Bréfritari: Ásgeir Tryggvi Friðgeirsson
Dagsetning: A-1891-01-25
Skrifað á: Borgarnesi  Mýr.

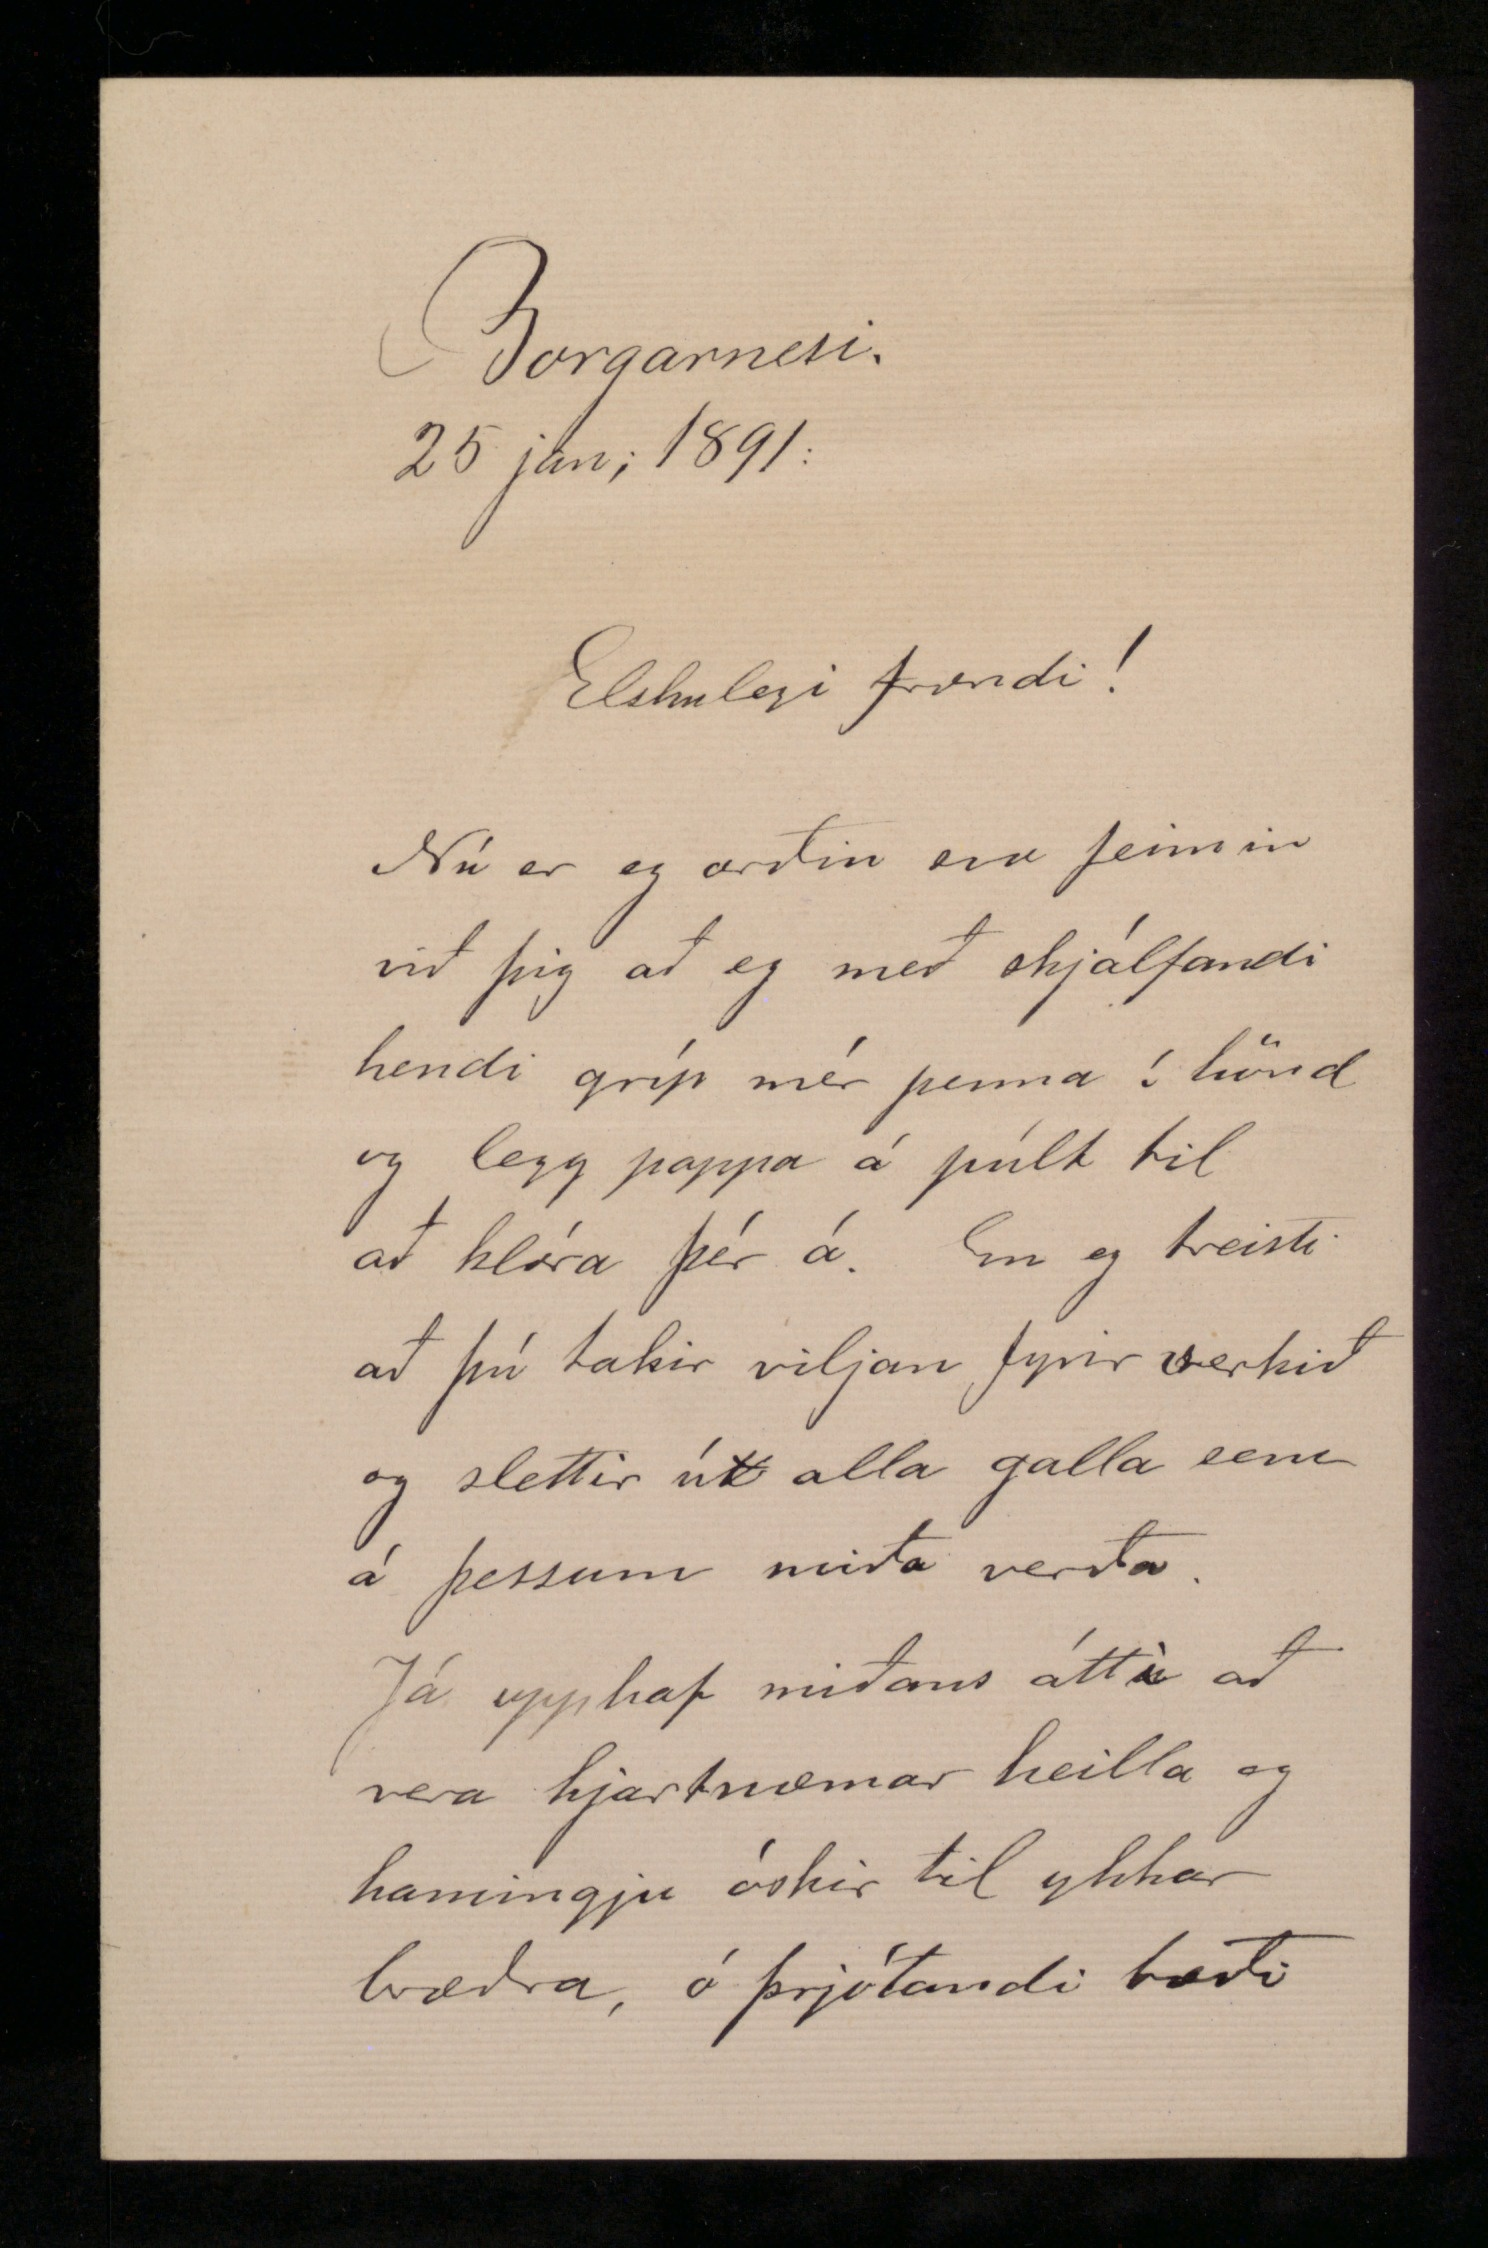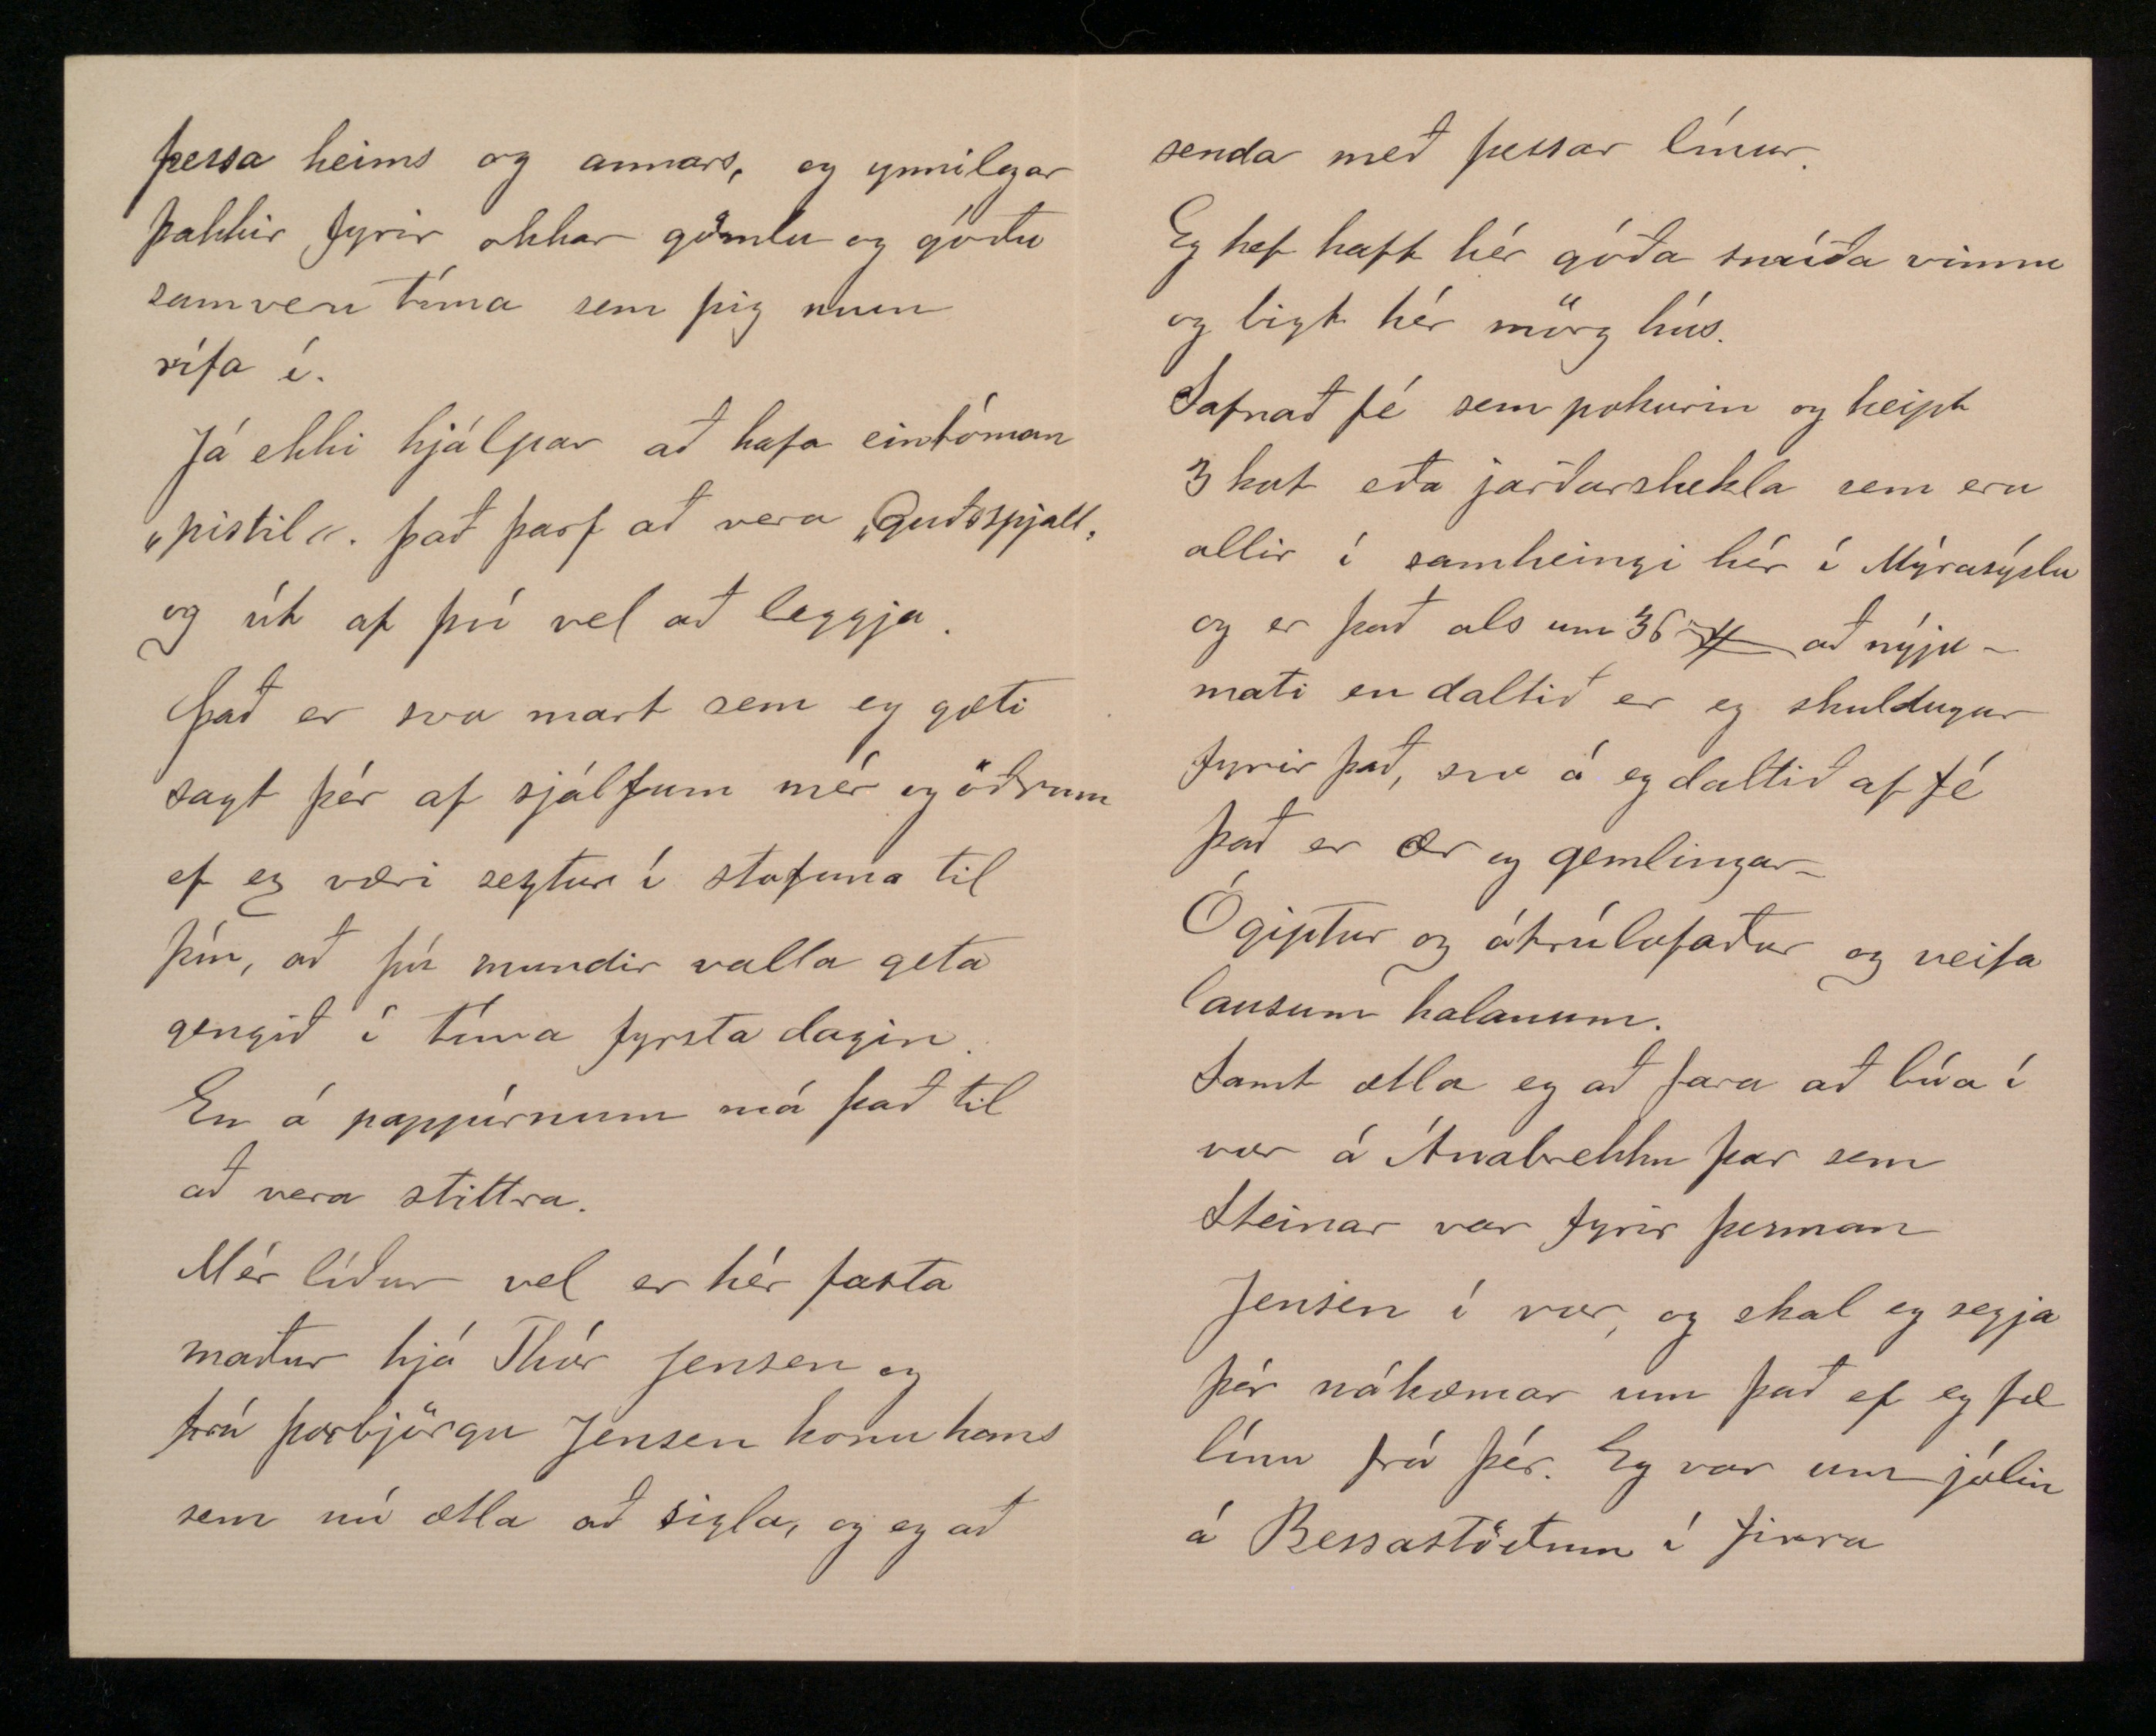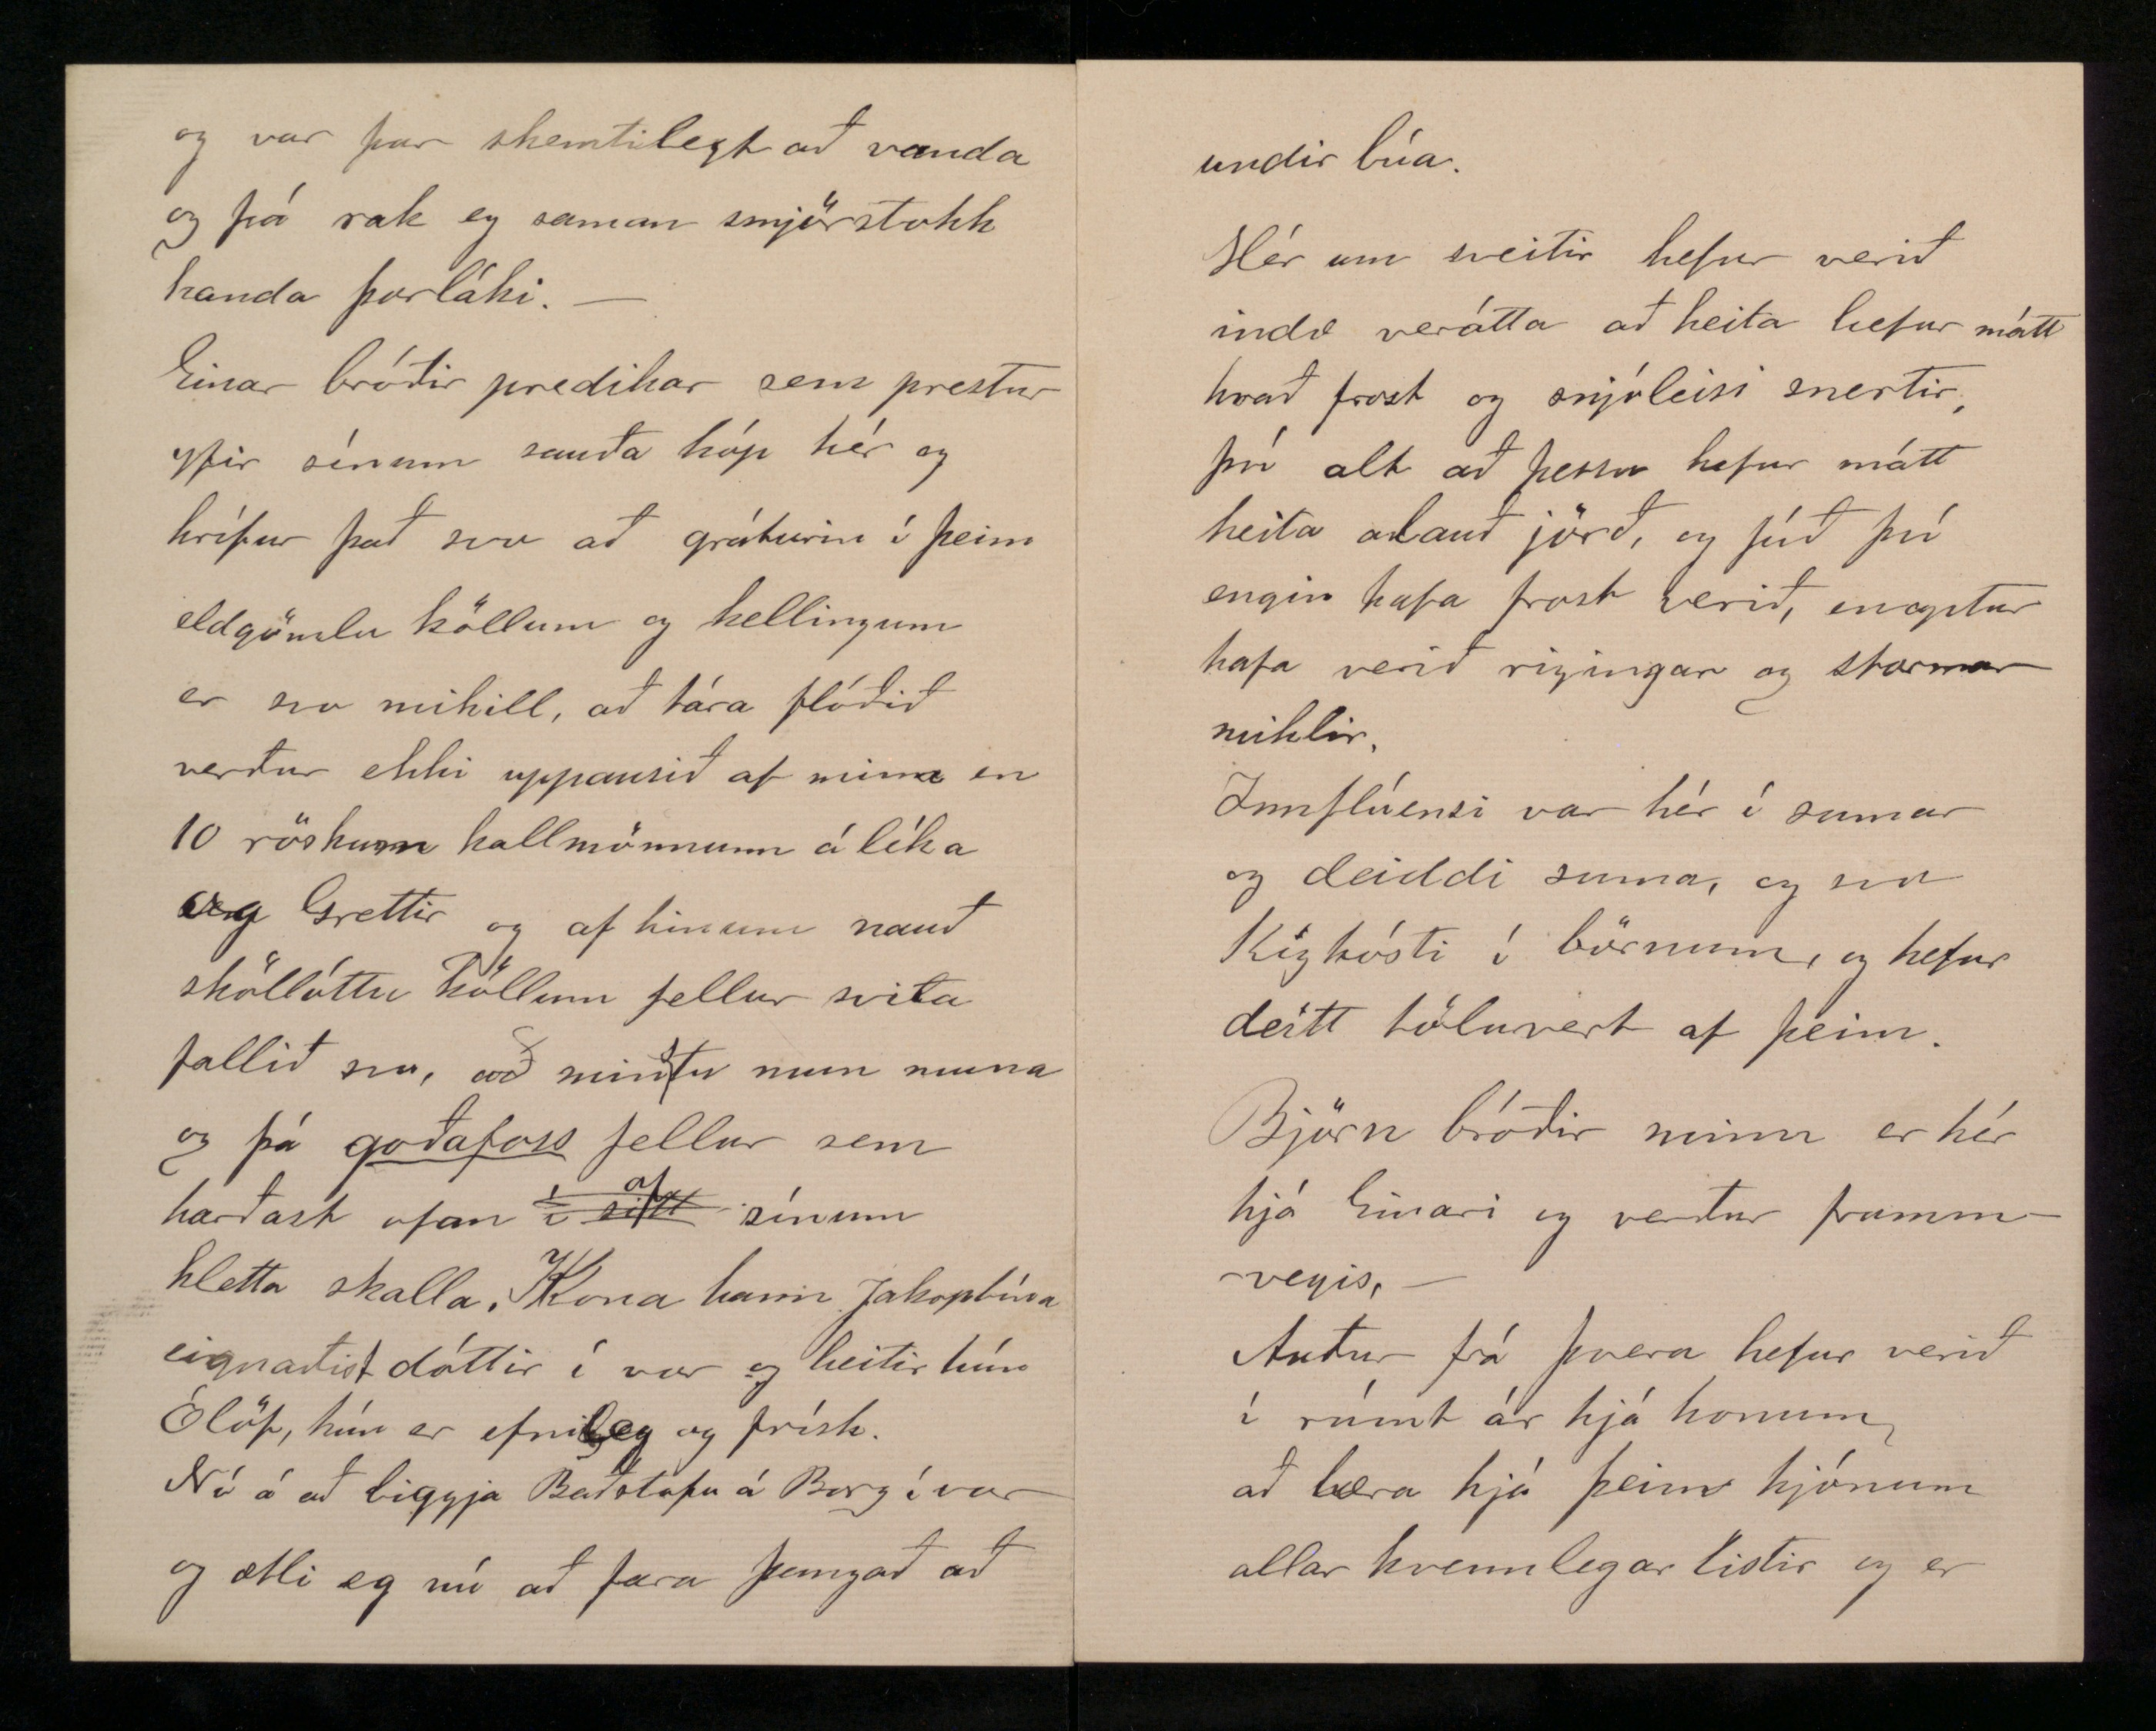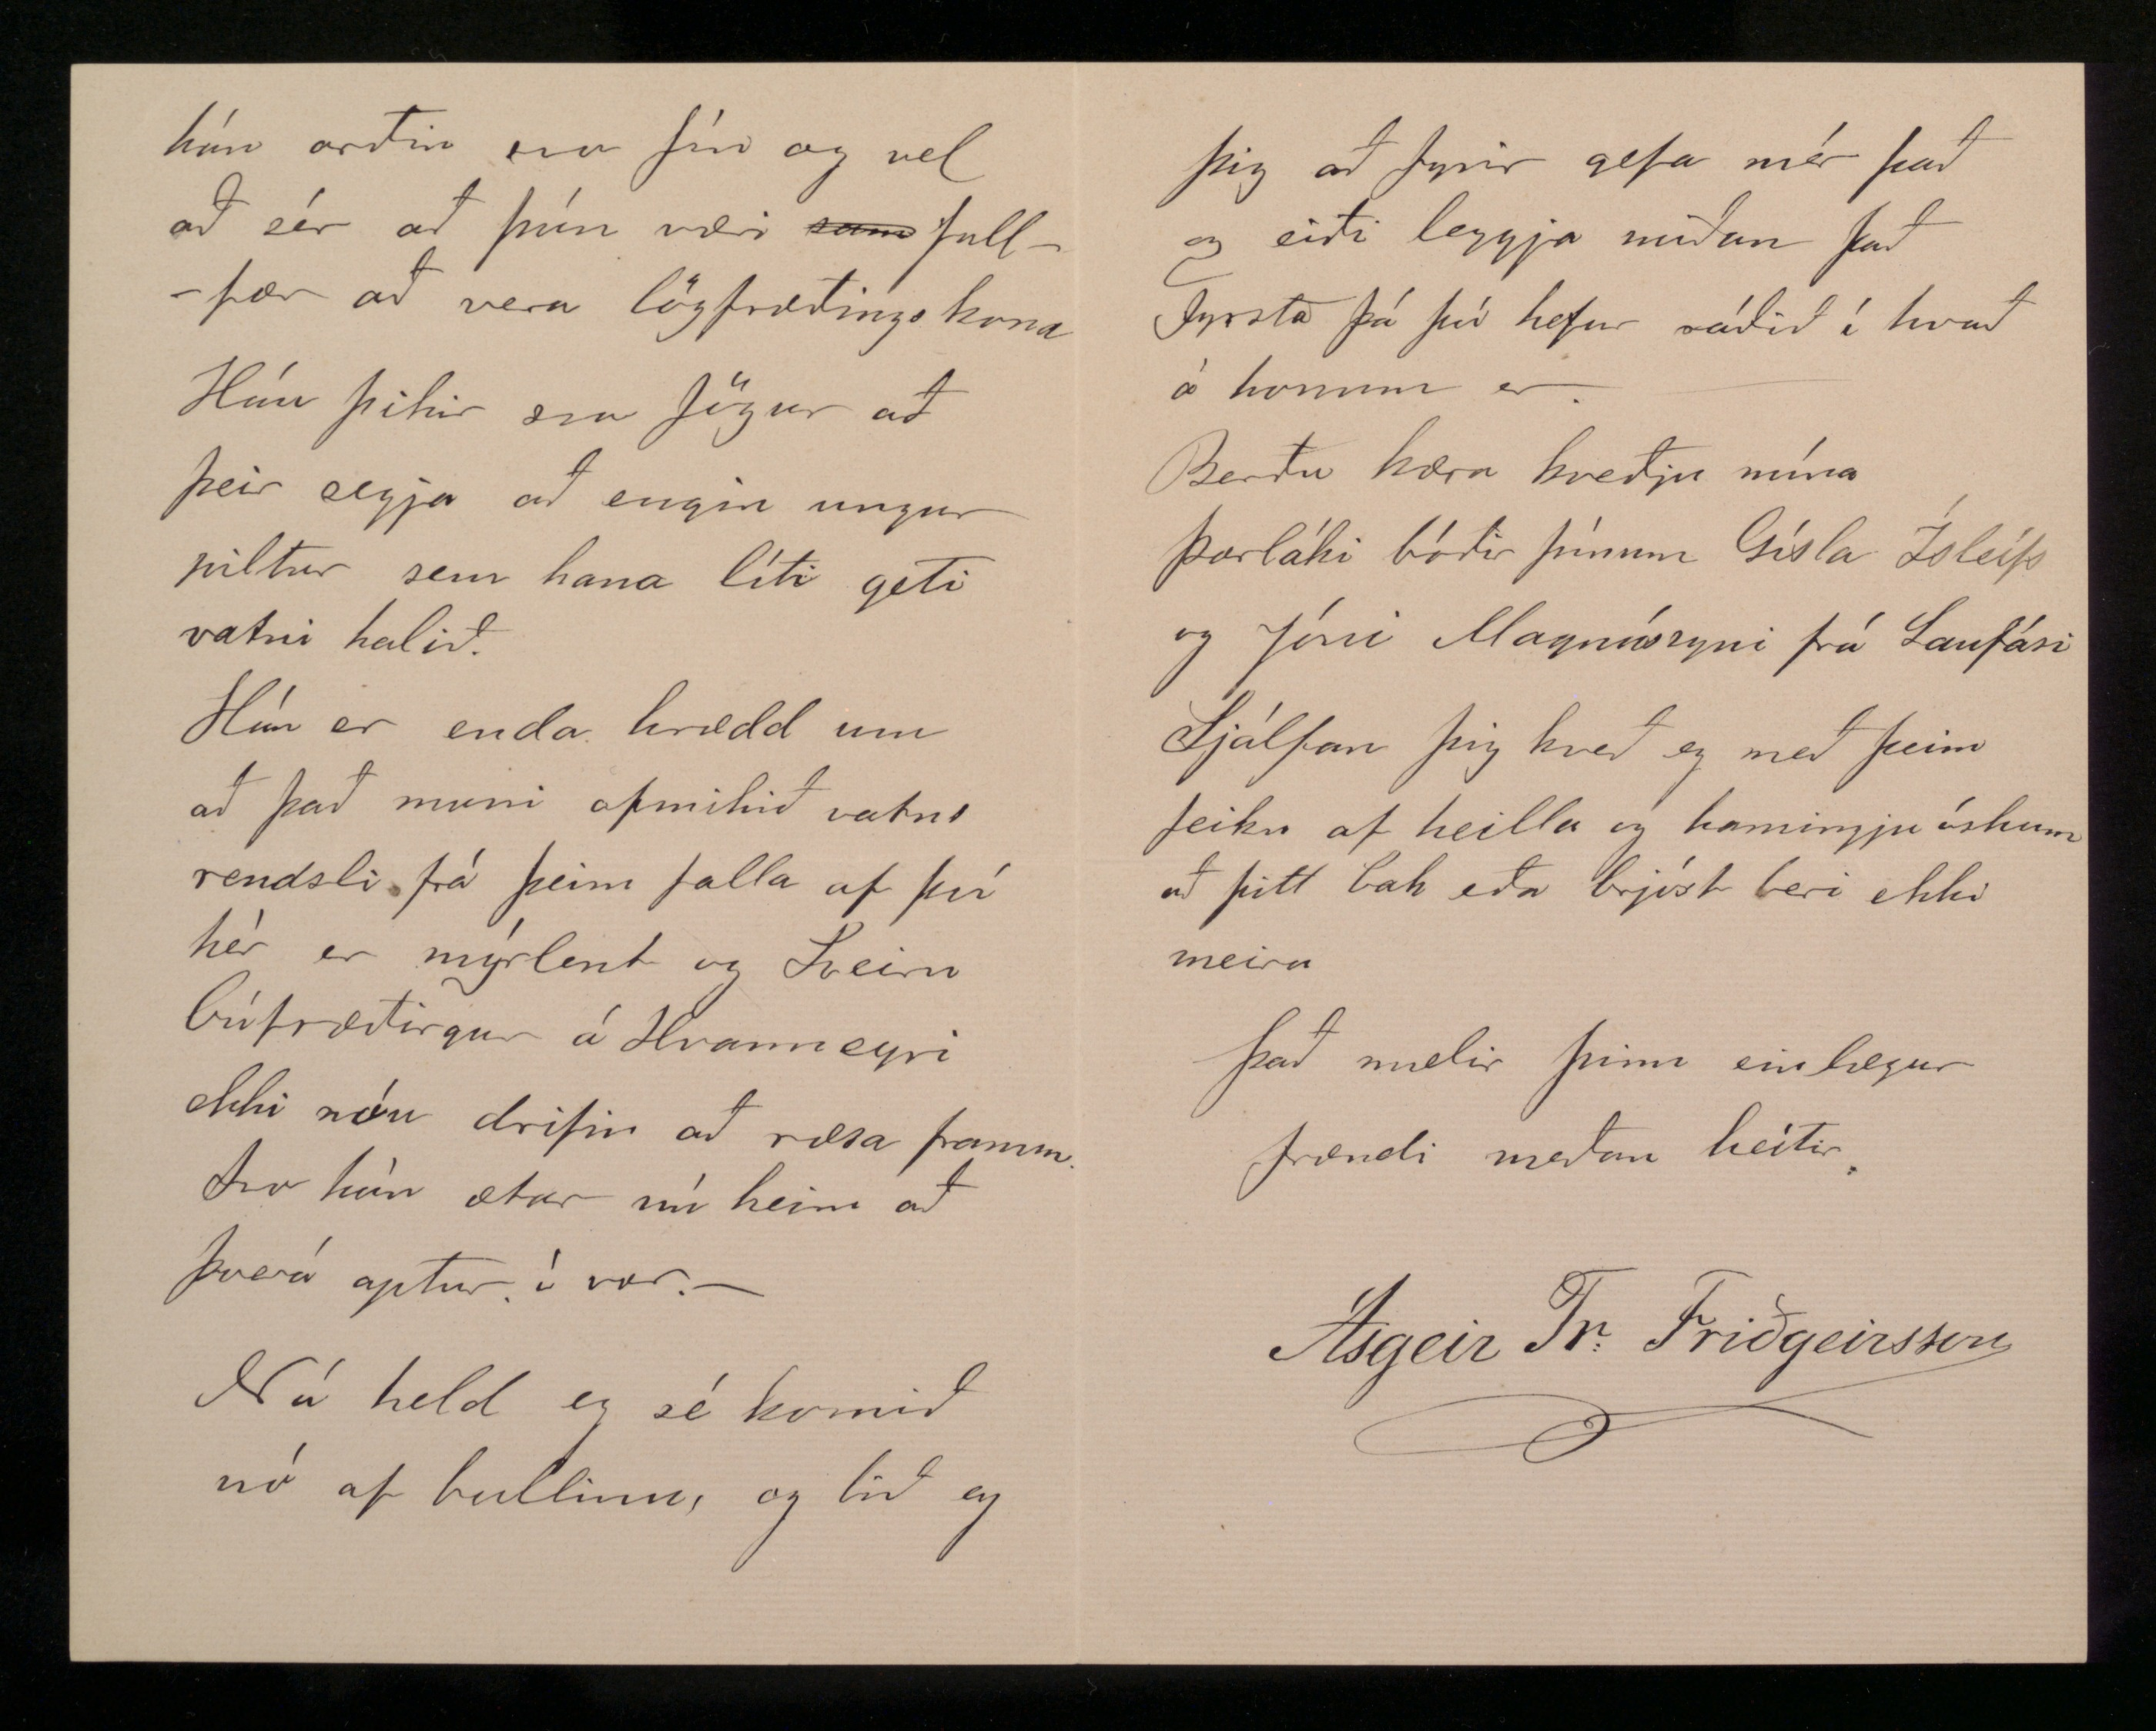

Borgarnesi, 25 jan; 1891:
Elskulegi frændi!
Nú er eg orðin svo feimin við þig að eg með skjálfandi hendi gríp mér penna í hönd og legg pappa á púlt til að klóra þér á. En eg treisti að þú takir viljann fyrir verkið og slettir út alla galla sem á þessum miða verða.
Já upphaf miðans átti að vera hjartnæmar heilla og hamingju óskir til ykkar bræðra, ó þrjótandi bæði
þessa heims og annars, og ynnilegar þakkir fyrir okkar gömlu og góðu samveru tíma sem þig mun rífa í.
Já ekki hjálpar að hafa eintóman „pistil„. Það þarf að vera „Guðsspjall„ og út af því vel að leggja.
Það er svo mart sem eg gæti sagt þér af sjálfum mér og öðrum ef eg væri seztur í stofuna til þín, að þú mundir valla geta gengið í tíma fyrsta dagin. En á pappírnum má það til að vera stittra.
Mér líður vel er hér fasta maður hjá Thór Jensen og frú Þorbjörgu Jensen konu hans sem nú ætla að sigla, og eg að
senda með þessar línur.
Eg hef haft hér góða smíða vinnu og bigt hér mörg hús. Safnað fé sem
pokurin
og keipt 3 kot eða
jarðarskikla
sem eru allir í samheingi hér í Mýrasýslu og er það als um 36 # að nýju - mati en daltið er eg skuldugur fyrir það, svo á eg daltið af fé það er ær og gemlingar.
Ógiptur og ótrúlofaður og veifa lausum halanum.
Samt ætla eg að fara að búa í vor á Ánabrekku þar sem Steinar var fyrir þennan Jensen í vor, og skal eg segja þér nákvæmar um það ef eg fæ línu frá þér. Eg var um jólin á Bessastöðum í firra
og var þar skemtilegt að vanda og þá rak eg saman smjörstokk handa Þorláki. -
Einar bróðir predikar sem prestur yfir sínum sauða hóp hér og hrífur það svo að gráturin í þeim eldgömlu köllum og kellingum er svo mikill, að tára flóðið verður ekki uppausið af minna en 10 röskum kallmönnum álíka og Grettir og af hinum nauð sköllóttu köllum fellur svita fallið svo, að minstu mun muna og þá
Goðafoss
fellur sem harðast ofan
í sitt
af
sínum kletta skalla. Kona hann Jakopbína eignaðist dóttir í vor og heitir hún Ólöf, hún er efnileg og frísk.
Nú á að biggja Baðstofu á Borg í vor og ætli eg nú að fara þangað að
undir búa.
Hér um sveitir hefur verið indis verátta að heita hefur mátt hvað frost og snjóleisi snertir, því alt að þessu hefur mátt heita alauð jörð, og þíð því engin hafa frost verið, en aptur hafa verið rigningar og stormar miklir.
Innflúensi ver hér í sumar og deiddi suma, og svo Kíghósti í börnum, og hefur deitt töluvert af þeim.
Björn bróðir minn er hér hjá Einari og verður frammvegis.-
Auður frá Þvera hefur verið í rúmt ár hjá honum, að læra hjá þeim hjónum allar kvennlegar listir og er
hún orðin svo fín og vel að sér að hún væri fullfær að vera lögfræðings kona Hún þikir svo fögur að þeir segja að engin ungur piltur sem hana líti geti vatni haldið.
Hún er enda hrædd um að það muni ofmikið vatns rendsli frá þeim falla af því hér er mýrlent og Sveirn búfræðingur á Hvanneyri ekki nóu drifin að ræsa framm. Svo hún ætlar nú heim að Þverá aptur í vor. -
Nú held eg sé komið nó af bullinu og bið eg
þig að fyrir gefa mér það og eiði leggja miðan það fyrsta þá þú hefur ráðið í hvað á honum er.
Berðu kæra kveðju mína Þorláki bróðir þínum Gísla Ísleifs og Jóni Magnússyni frá Laufási Sjálfan þig kveð eg með þeim feikn af heilla og hamingju óskum að þitt bak eða brjóst beri ekki meira
Það mælir þinn einlægur frændi meðan heitir
Ásgeir Tr: Friðgeirsson